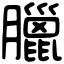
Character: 臘